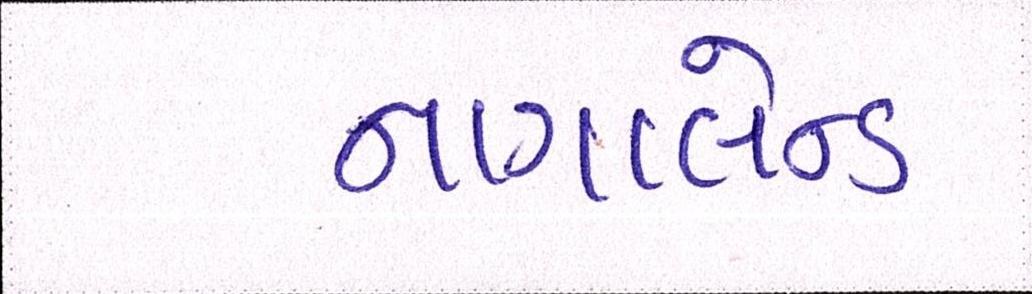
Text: નાગાલેન્ડ